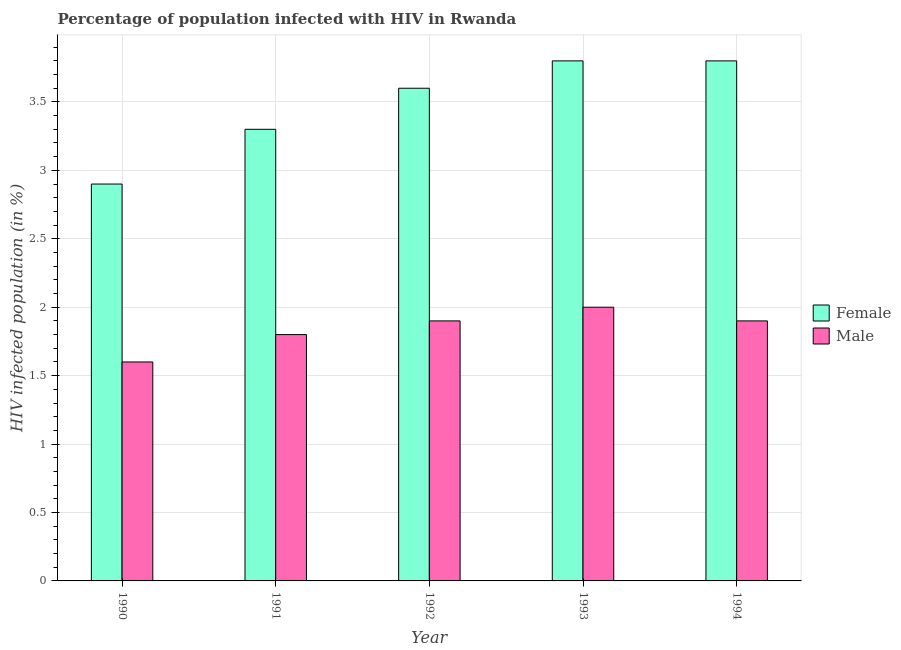
| Year | Female | Male |
 | --- | --- | --- |
 | 1990 | 2.9 | 1.6 |
 | 1991 | 3.3 | 1.8 |
 | 1992 | 3.6 | 1.9 |
 | 1993 | 3.8 | 2 |
 | 1994 | 3.8 | 1.9 |